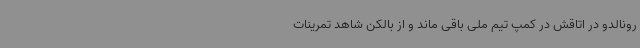
رونالدو در اتاقش در کمپ تیم ملی باقی ماند و از بالکن شاهد تمرینات